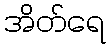
အိတ်ရေ